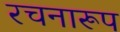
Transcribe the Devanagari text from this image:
रचनारूप